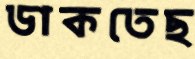
ডাকতেছ